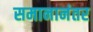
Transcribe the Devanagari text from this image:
समानानंतर